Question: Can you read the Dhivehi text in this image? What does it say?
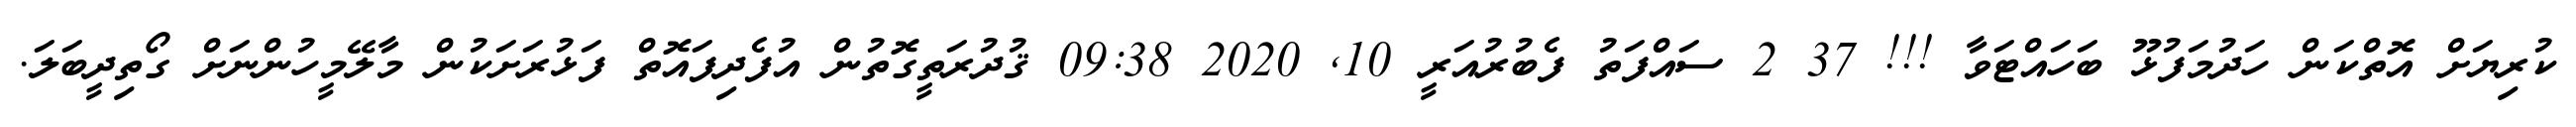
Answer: ކުރިޔަށް އޮތްކަން ހަދުމަފުޅޫ ބަހައްޓަވާ !!! 37 2 ސައްފަތު ފެބުރުއަރީ 10, 2020 09:38 ޤުދުރަތީގޮތުން އުފެދިފައޮތް ފަޅުރަށަކުން މާލޭމީހުންނަށް ގޯތިދީބަލަ.